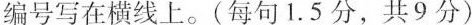
编号写在横线上。(每句1.5 分,共 9 分)